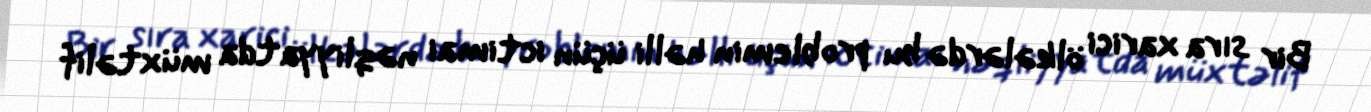
Bir sıra xarici ölkələrdə bu problemin həlli üçün ictimai nəqliyyatda müxtəlif